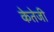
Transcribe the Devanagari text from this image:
केतेजी